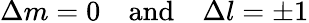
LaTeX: \Delta m=0\quad{\mathrm{and}}\quad\Delta l=\pm 1